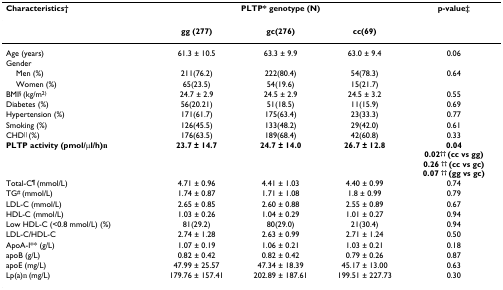
<table><thead><tr><td><b>Characteristics†</b></td><td colspan="3"><b>PLTP* genotype (N)</b></td><td><b>p-value‡</b></td></tr></thead><tbody><tr><td></td><td><b>gg (277)</b></td><td><b>gc(276)</b></td><td><b>cc(69)</b></td><td></td></tr><tr><td>Age (years)</td><td>61.3 ± 10.5</td><td>63.3 ± 9.9</td><td>63.0 ± 9.4</td><td>0.06</td></tr><tr><td>Gender</td><td></td><td></td><td></td><td></td></tr><tr><td> Men (%)</td><td>211(76.2)</td><td>222(80.4)</td><td>54(78.3)</td><td>0.64</td></tr><tr><td> Women (%)</td><td>65(23.5)</td><td>54(19.6)</td><td>15(21.7)</td><td></td></tr><tr><td>BMI<sup>§ </sup>(kg/m<sup>2)</sup></td><td>24.7 ± 2.9</td><td>24.5 ± 2.9</td><td>24.5 ± 3.2</td><td>0.55</td></tr><tr><td>Diabetes (%)</td><td>56(20.21)</td><td>51(18.5)</td><td>11(15.9)</td><td>0.69</td></tr><tr><td>Hypertension (%)</td><td>171(61.7)</td><td>175(63.4)</td><td>23(33.3)</td><td>0.77</td></tr><tr><td>Smoking (%)</td><td>126(45.5)</td><td>133(48.2)</td><td>29(42.0)</td><td>0.61</td></tr><tr><td>CHD<sup>|| </sup>(%)</td><td>176(63.5)</td><td>189(68.4)</td><td>42(60.8)</td><td>0.33</td></tr><tr><td><b>PLTP activity (pmol/μl/h)<sup><b>€</b></sup></b></td><td><b>23.7 ± 14.7</b></td><td><b>24.7 ± 14.0</b></td><td><b>26.7 ± 12.8</b></td><td><b>0.04</b><b>0.02<sup>†† </sup>(cc vs gg)</b><b>0.26 <sup><b>†† </b></sup>(cc vs gc)</b><b>0.07 <sup>†† </sup>(gg vs gc)</b></td></tr><tr><td>Total-C<sup>¶ </sup>(mmol/L)</td><td>4.71 ± 0.96</td><td>4.41 ± 1.03</td><td>4.40 ± 0.99</td><td>0.74</td></tr><tr><td>TG<sup># </sup>(mmol/L)</td><td>1.74 ± 0.87</td><td>1.71 ± 1.08</td><td>1.8 ± 0.99</td><td>0.79</td></tr><tr><td>LDL-C (mmol/L)</td><td>2.65 ± 0.85</td><td>2.60 ± 0.88</td><td>2.55 ± 0.89</td><td>0.67</td></tr><tr><td>HDL-C (mmol/L)</td><td>1.03 ± 0.26</td><td>1.04 ± 0.29</td><td>1.01 ± 0.27</td><td>0.94</td></tr><tr><td>Low HDL-C (&lt;0.8 mmol/L) (%)</td><td>81(29.2)</td><td>80(29.0)</td><td>21(30.4)</td><td>0.94</td></tr><tr><td>LDL-C/HDL-C</td><td>2.74 ± 1.28</td><td>2.63 ± 0.99</td><td>2.71 ± 1.24</td><td>0.50</td></tr><tr><td>ApoA-I** (g/L)</td><td>1.07 ± 0.19</td><td>1.06 ± 0.21</td><td>1.03 ± 0.21</td><td>0.18</td></tr><tr><td>apoB (g/L)</td><td>0.82 ± 0.42</td><td>0.82 ± 0.42</td><td>0.79 ± 0.26</td><td>0.87</td></tr><tr><td>apoE (mg/L)</td><td>47.99 ± 25.57</td><td>47.34 ± 18.39</td><td>45.17 ± 13.00</td><td>0.63</td></tr><tr><td>Lp(a)<sup>€ </sup>(mg/L)</td><td>179.76 ± 157.41</td><td>202.89 ± 187.61</td><td>199.51 ± 227.73</td><td>0.30</td></tr></tbody></table>